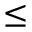
\leq